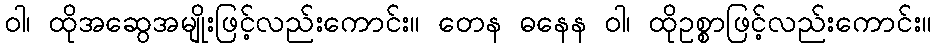
ဝါ၊ ထိုအဆွေအမျိုးဖြင့်လည်းကောင်း။ တေန ဓနေန ဝါ၊ ထိုဥစ္စာဖြင့်လည်းကောင်း။